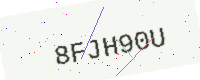
Text: 8FJH90U